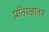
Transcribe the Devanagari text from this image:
प्रतिरक्षातंत्र